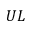
U L